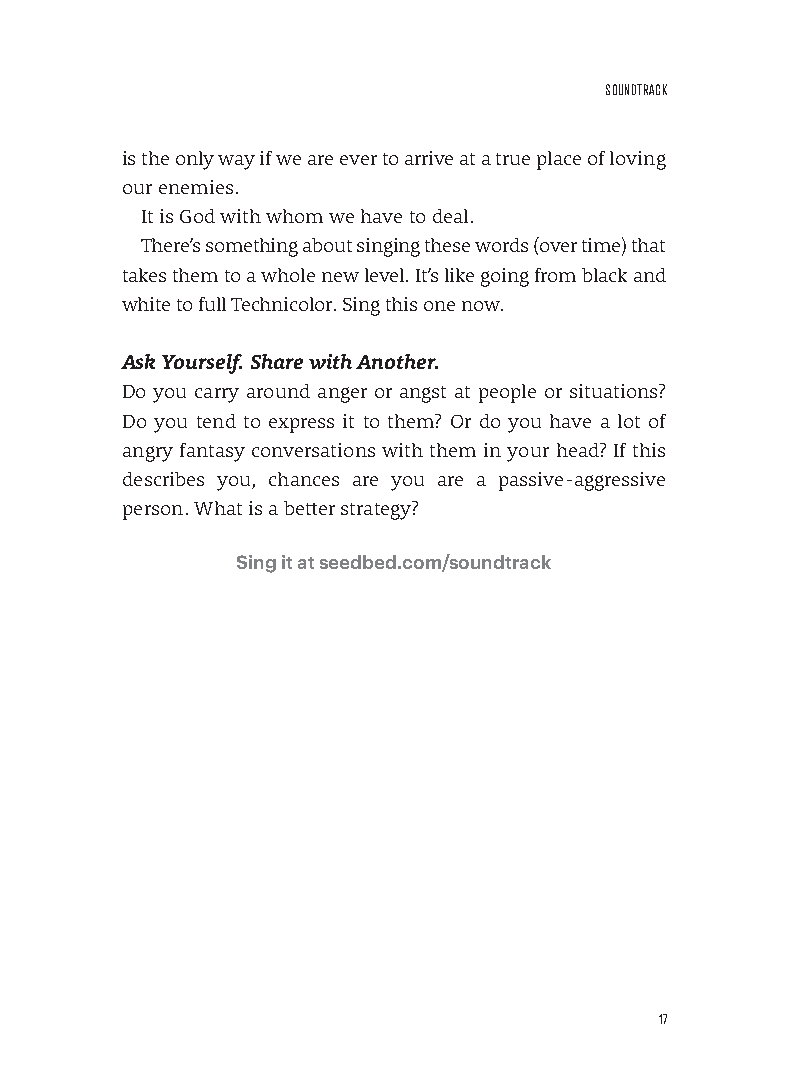
sounDTrACk
 is the only way if we are ever to arrive at a true place of loving
 our enemies.
 It is God with whom we have to deal.
 There’s something about singing these words (over time) that
 takes them to a whole new level. It’s like going from black and
 white to full Technicolor. Sing this one now.
 Ask Yourself. Share with Another.
 Do you carry around anger or angst at people or situations?
 Do you tend to express it to them? Or do you have a lot of
 angry fantasy conversations with them in your head? If this
 describes you, chances are you are a passive-aggressive
 person. What is a better strategy?
 Sing it at seedbed.com/soundtrack
 17